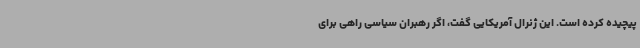
پیچیده کرده است. این ژنرال آمریکایی گفت، اگر رهبران سیاسی راهی برای